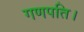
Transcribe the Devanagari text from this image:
गणपति।